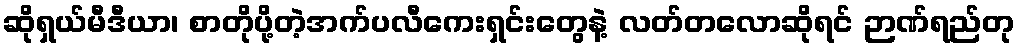
ဆိုရှယ်မီဒီယာ၊ စာတိုပို့တဲ့အက်ပလီကေးရှင်းတွေနဲ့ လတ်တလောဆိုရင် ဉာဏ်ရည်တု